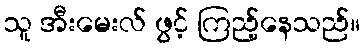
သူ အီးမေးလ် ဖွင့် ကြည့်နေသည်။